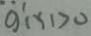
g ^ { \prime } ( x ) > 0